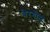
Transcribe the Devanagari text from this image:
वेरगीज़